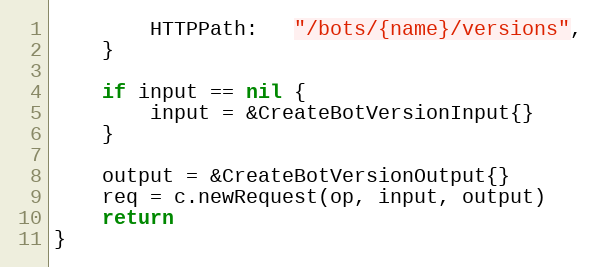
Language: Go
		HTTPPath:   "/bots/{name}/versions",
	}

	if input == nil {
		input = &CreateBotVersionInput{}
	}

	output = &CreateBotVersionOutput{}
	req = c.newRequest(op, input, output)
	return
}